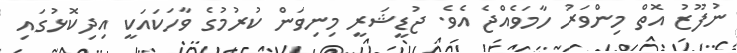
ނުފޫޒު އޮތް މިންވަރު ހާމަވެއްޖެ އެވެ. ޖުޑީޝަރީ މިނިވަން ކުރުމުގެ ވާހަކައަކީ އިދިކޮޅުގައި